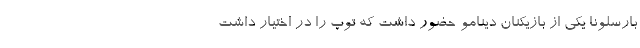
بارسلونا یکی از بازیکنان دینامو حضور داشت که توپ را در اختیار داشت